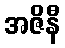
အဇိနီ